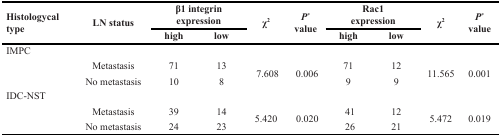
| <ROWSPAN=2> Histologycal type | <ROWSPAN=2> LN status | <COLSPAN=2> β1 integrin expression | <ROWSPAN=2> χ2 | <ROWSPAN=2> P* value | <COLSPAN=2> Rac1 expression | <ROWSPAN=2> χ2 | <ROWSPAN=2> P* value |
 | high | low | high | low |
 | --- | --- | --- | --- | --- | --- | --- | --- | --- | --- |
 | <COLSPAN=10> IMPC |
 | <ROWSPAN=2>  | Metastasis | 71 | 13 | <ROWSPAN=2> 7.608 | <ROWSPAN=2> 0.006 | 71 | 12 | <ROWSPAN=2> 11.565 | <ROWSPAN=2> 0.001 |
 | No metastasis | 10 | 8 | 9 | 9 |
 | <COLSPAN=10> IDC-NST |
 | <ROWSPAN=2>  | Metastasis | 39 | 14 | <ROWSPAN=2> 5.420 | <ROWSPAN=2> 0.020 | 41 | 12 | <ROWSPAN=2> 5.472 | <ROWSPAN=2> 0.019 |
 | No metastasis | 24 | 23 | 26 | 21 |